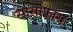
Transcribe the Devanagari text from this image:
सासाफ़्रास